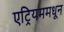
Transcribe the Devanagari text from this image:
एट्रियममधून